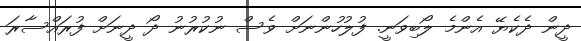
ދީން ދެކެޔޭ އެންމެ ލޯބިވަނީ. ފުލުހުންނަށް ވެސް ނުކުރުނު ދޯ ދީނަށް ފުރައްސާރަ